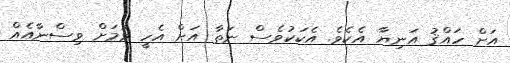
އަށް ހައްޤު އަނިޔާ އެކެވެ. އެކަކުވެސް ނަތާ އަށް އެހީ ވުމަށް ވިސްނާއެއް